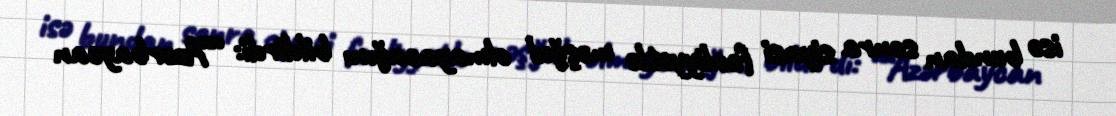
isə bundan sonra siyasi fəaliyyətlə məşğul olmayacağını bildirdi: ““Azərbaycan